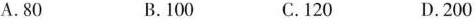
A.80 B.100 C.120 D.200